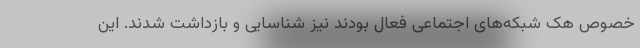
خصوص هک شبکه‌های اجتماعی فعال بودند نیز شناسایی و بازداشت شدند. این